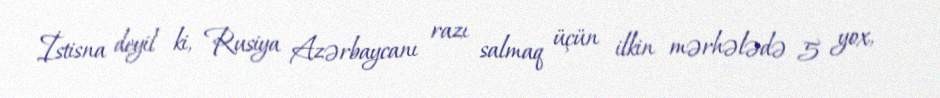
İstisna deyil ki, Rusiya Azərbaycanı razı salmaq üçün ilkin mərhələdə 5 yox,